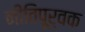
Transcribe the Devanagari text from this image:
नीतिपूर्वक